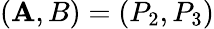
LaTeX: (\mathbf{A},B)=(P_{2},P_{3})